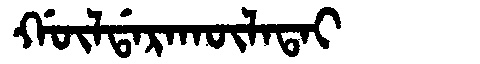
Manchu: ᡤᡡᠯᡩᠠᡵᠠᡴᡡᠯᠠᡨᠠᡳ
Romanization: GŪLDARAKŪLATAI